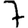
Digit: 7